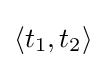
\langle t_{1},t_{2}\rangle